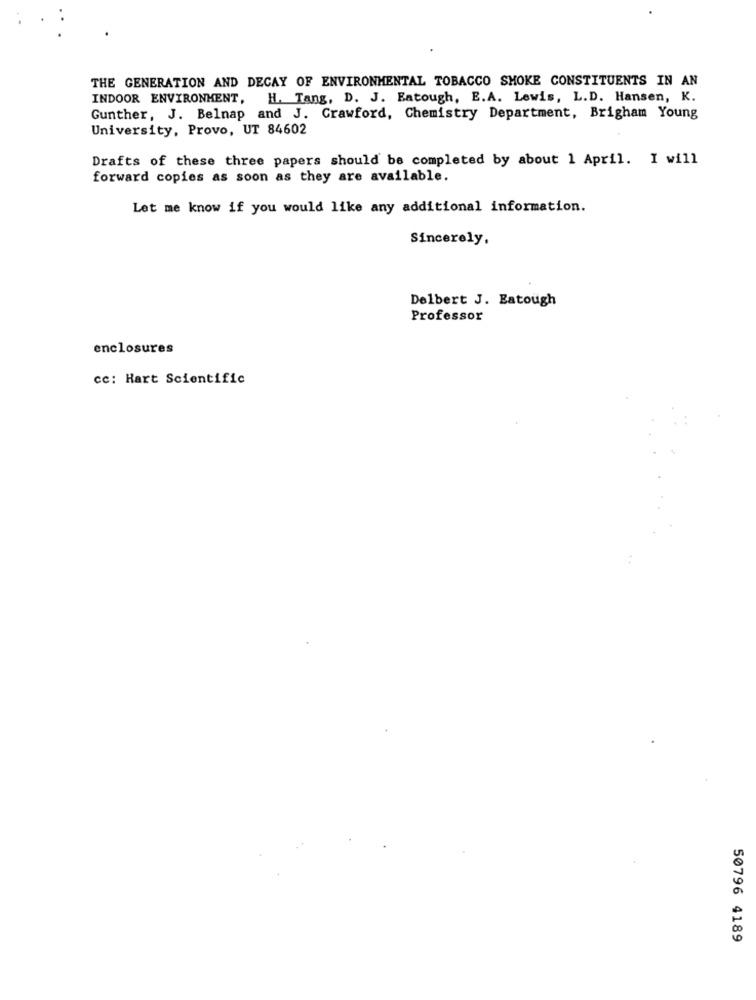
THE GENERATION AND DECAY OF ENVIRONMENTAL TOBACCO SMOKE CONSTITUENTS IN AN
INDOOR ENVIRONMENT,
H. Tang, D. J. Eatough, E.A. Lewis, L.D. Hansen, K.
Gunther, J. Belnap and J. Crawford, Chemistry Department, Brigham Young
University, Provo, UT 84602
Drafts of these three papers should be completed by about 1 April. I will
forward copies as soon as they are available.
Let me know if you would like any additional information.
Sincerely,
Delbert J. Eatough
Professor
enclosures
cc: Hart Scientific
50796 4189